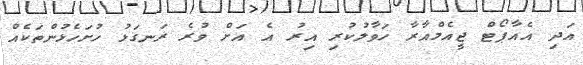
އަދި އެއާޕޯޓް ޖީއެމްއާރާ ހަވާލުކުރި އިރު އެ އަށް ވުރެ ރަނގަޅު ހުށަހެޅުންތަކެއް